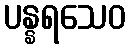
ပန္နရသေဝ